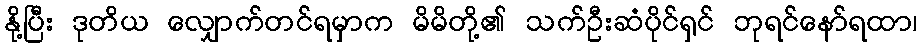
နို့ပြီး ဒုတိယ လျှောက်တင်ရမှာက မိမိတို့၏ သက်ဦးဆံပိုင်ရှင် ဘုရင်နော်ရထာ၊